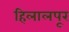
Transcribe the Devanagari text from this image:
हिलालपूर